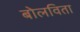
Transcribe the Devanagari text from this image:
बोलविता